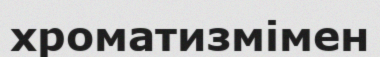
хроматизмімен